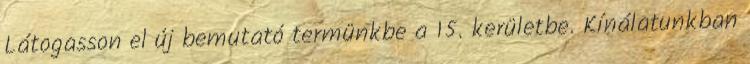
Látogasson el új bemutató termünkbe a 15. kerületbe. Kínálatunkban